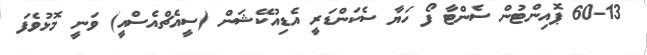
60-13 ޕޮއިންޓުން ސެންޓާ ފޯ ހަޔާ ސެކަންޑަރީ އެޑިއުކޭޝަން (ސީއެޗްއެސްއީ) ވަނީ މޮޅުވެފަ